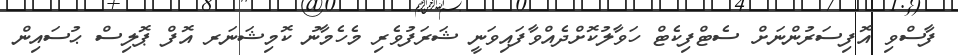
ފާސްވި އޮފިސަރުންނަށް ސެޓްފިކެޓް ހަވާލުކޮށްދެއްވާފައިވަނީ ޝަރަފުވެރި މެހެމާނު ކޮމިޝަނަރ އޮފް ޕޮލިސް ޙުސައިން